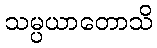
သမ္ပယာတောသိ